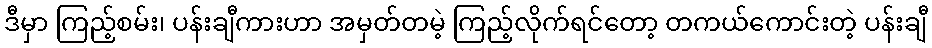
ဒီမှာ ကြည့်စမ်း၊ ပန်းချီကားဟာ အမှတ်တမဲ့ ကြည့်လိုက်ရင်တော့ တကယ်ကောင်းတဲ့ ပန်းချီ